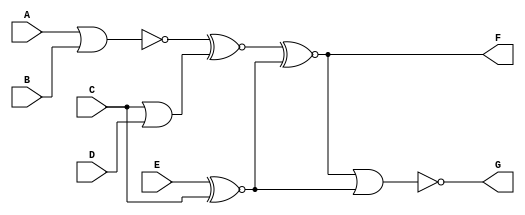
module Circuit2B (A,B,C,D,E,F,G);

input A,B,C,D,E;
output F,G;

assign F = ((!(A|B))^~(C|D)^~(E^~C));
assign G = (~(((!(A|B))^~(C|D)^~(E^~C))|(E^~C)));
endmodule